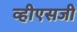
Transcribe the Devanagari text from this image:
व्हीएसजी